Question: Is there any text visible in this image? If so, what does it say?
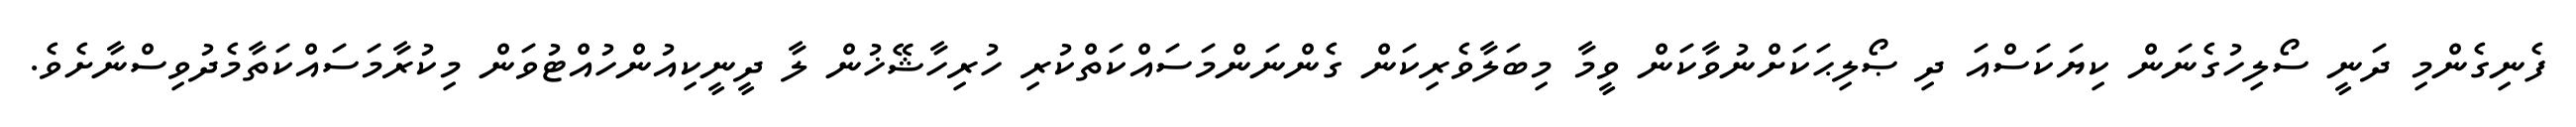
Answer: ފެނިގެންމި ދަނީ ސޯލިހުގެނަން ކިޔަކަސްއަ ދި ޞޯލިޙަކަށްނުވާކަން ވީމާ މިބަލާވެރިކަން ގެންނަންމަސައްކަތްކުރި ހުރިހާޝޭޚުން ލާ ދީނީކިއުންހުއްޓުވަން މިކުރާމަސައްކަތާމެދުވިސްނާށެވެ.